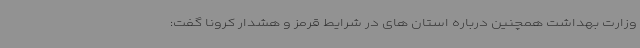
وزارت بهداشت همچنین درباره استان های در شرایط قرمز و هشدار کرونا گفت: